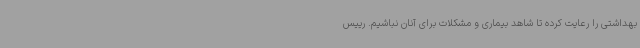
بهداشتی را رعایت کرده تا شاهد بیماری و مشکلات برای آنان نباشیم. رییس